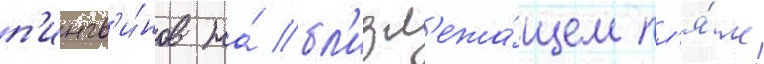
п'ингв'и́нов на́ бл'изл'ежа́щем пл'я́же